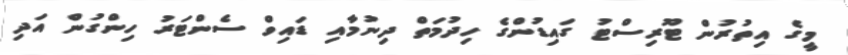
މީގެ އިތުރުން ޓޫރިސްޓު ގައިޑުންގެ ހިދުމަތް ދިނުމާއި ޑައިވް ސެންޓަރު ހިންގުން އަދި